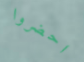
احضروا